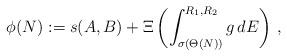
LaTeX: \begin{align*} \phi(N):= s(A,B) + \Xi\left( \int^{R_1,R_2}_{\sigma(\Theta(N))} g \, dE \right) \,,\end{align*}